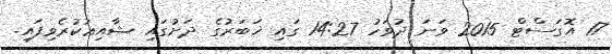
17 އޮގަސްޓް 2015 ވަނަ ދުވަހު 14:27 ގައި ޚަބަރުގެ ދަށުގައި ޝާއިޢުކުރެވިފައި.